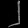
Digit: ၂